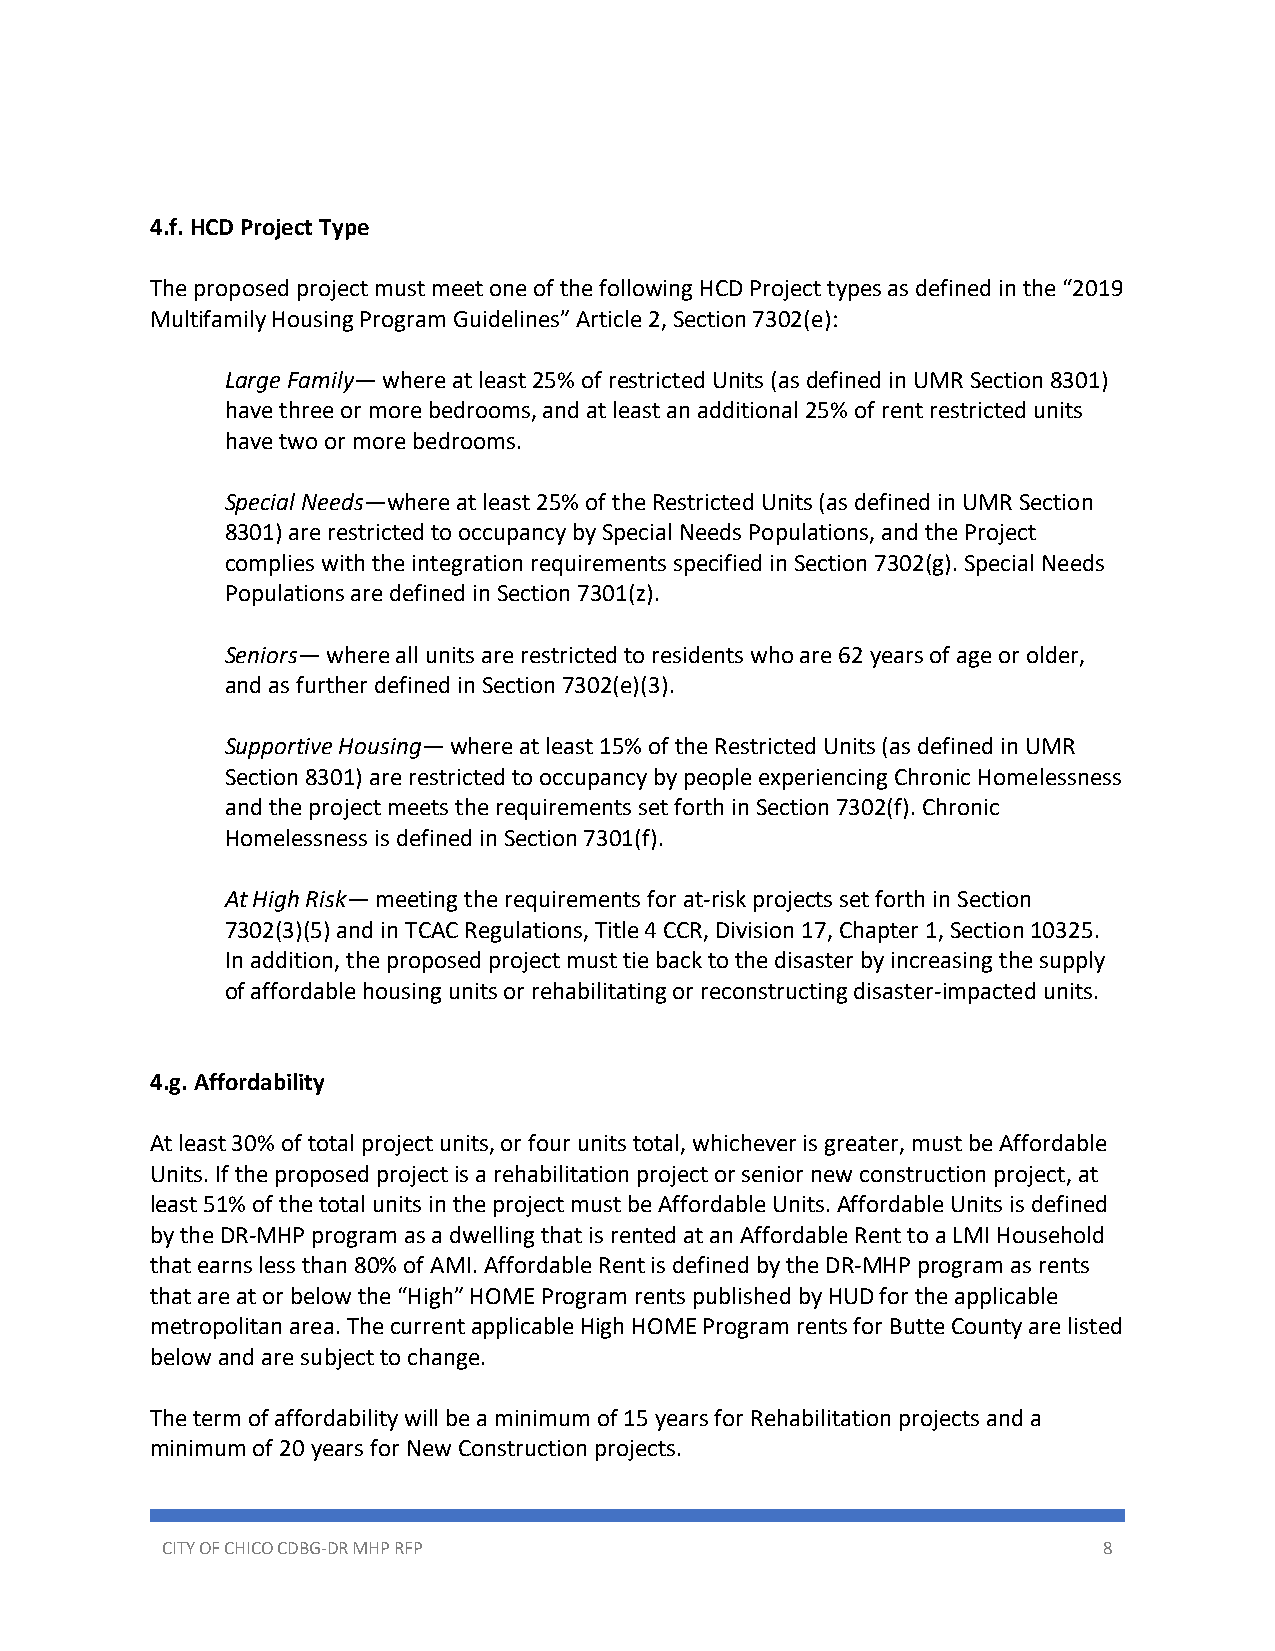
4.f. HCD Project Type
 The proposed project must meet one of the following HCD Project types as defined in the “2019
 Multifamily Housing Program Guidelines” Article 2, Section 7302(e):
 Large Family— where at least 25% of restricted Units (as defined in UMR Section 8301)
 have three or more bedrooms, and at least an additional 25% of rent restricted units
 have two or more bedrooms.
 Special Needs—where at least 25% of the Restricted Units (as defined in UMR Section
 8301) are restricted to occupancy by Special Needs Populations, and the Project
 complies with the integration requirements specified in Section 7302(g). Special Needs
 Populations are defined in Section 7301(z).
 Seniors— where all units are restricted to residents who are 62 years of age or older,
 and as further defined in Section 7302(e)(3).
 Supportive Housing— where at least 15% of the Restricted Units (as defined in UMR
 Section 8301) are restricted to occupancy by people experiencing Chronic Homelessness
 and the project meets the requirements set forth in Section 7302(f). Chronic
 Homelessness is defined in Section 7301(f).
 At High Risk— meeting the requirements for at-risk projects set forth in Section
 7302(3)(5) and in TCAC Regulations, Title 4 CCR, Division 17, Chapter 1, Section 10325.
 In addition, the proposed project must tie back to the disaster by increasing the supply
 of affordable housing units or rehabilitating or reconstructing disaster-impacted units.
 4.g. Affordability
 At least 30% of total project units, or four units total, whichever is greater, must be Affordable
 Units. If the proposed project is a rehabilitation project or senior new construction project, at
 least 51% of the total units in the project must be Affordable Units. Affordable Units is defined
 by the DR-MHP program as a dwelling that is rented at an Affordable Rent to a LMI Household
 that earns less than 80% of AMI. Affordable Rent is defined by the DR-MHP program as rents
 that are at or below the “High” HOME Program rents published by HUD for the applicable
 metropolitan area. The current applicable High HOME Program rents for Butte County are listed
 below and are subject to change.
 The term of affordability will be a minimum of 15 years for Rehabilitation projects and a
 minimum of 20 years for New Construction projects.
 CITY OF CHICO CDBG-DR MHP RFP                                 8